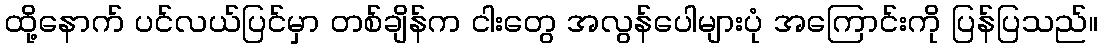
ထို့နောက် ပင်လယ်ပြင်မှာ တစ်ချိန်က ငါးတွေ အလွန်ပေါများပုံ အကြောင်းကို ပြန်ပြသည်။